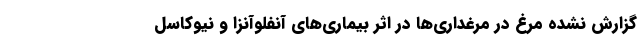
گزارش نشده مرغ در مرغداری‌ها در اثر بیماری‌های آنفلوآنزا و نیوکاسل